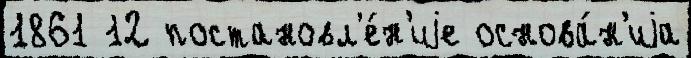
1861 12 постановл'е́н'иjе основа́н'иjа